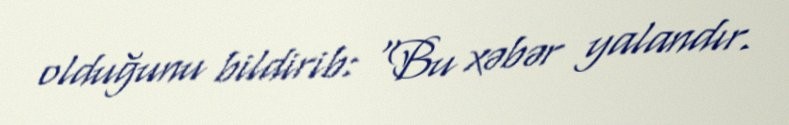
olduğunu bildirib: "Bu xəbər yalandır.